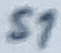
Text: S1